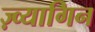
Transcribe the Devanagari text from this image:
ज़्व्यागिन